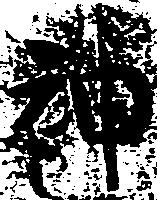
神